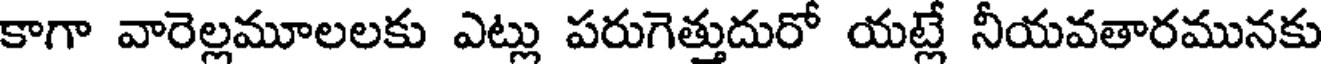
కాగా వారెల్లమూలలకు ఎట్లు పరుగెత్తుదురో యట్లే నీయవతారమునకు